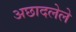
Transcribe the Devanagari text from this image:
अछादलेले